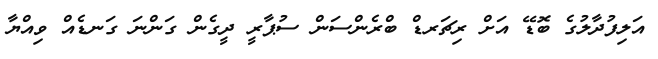
އަލިފުދާލުގެ ބޮޑޭ އަށް ރިޗަރޑް ބްރެންސަން ސުޕާރީ ދީގެން ގަންނަ ގަނޑެއް ވިއްޔާ